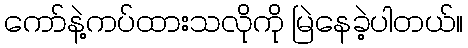
ကော်နဲ့ကပ်ထားသလိုကို မြဲနေခဲ့ပါတယ်။